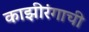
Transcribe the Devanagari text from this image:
काझीरंगाची